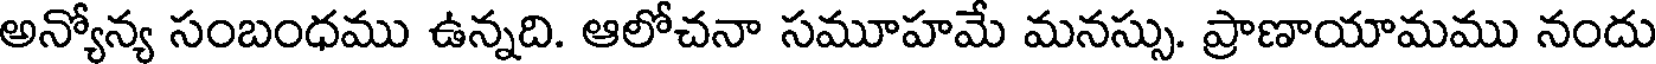
అన్యోన్య సంబంధము ఉన్నది. ఆలోచనా సమూహమే మనస్సు. ప్రాణాయామము నందు